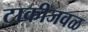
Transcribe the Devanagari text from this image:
टाकीजवळ